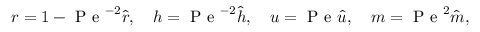
r = 1 - \mathrm { ~ P ~ e ~ } ^ { - 2 } \hat { r } , \quad h = \mathrm { ~ P ~ e ~ } ^ { - 2 } \hat { h } , \quad u = \mathrm { ~ P ~ e ~ } \hat { u } , \quad m = \mathrm { ~ P ~ e ~ } ^ { 2 } \hat { m } ,